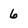
Character: 6